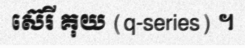
ស៊េរី គុយ (q-series) ។